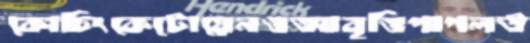
কোচিংকেটোয়েনওআবৃত্তিপাগলউ